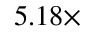
5 . 1 8 \times